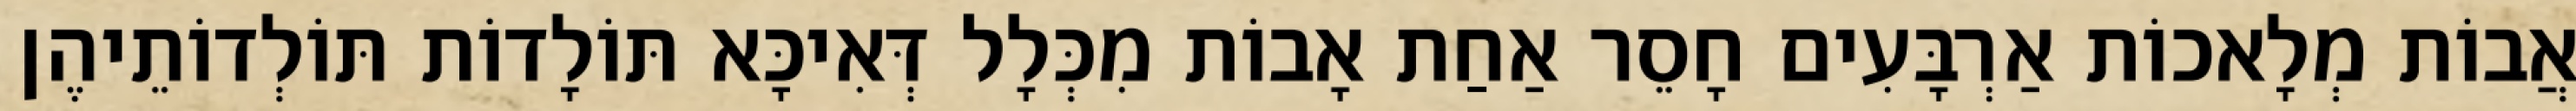
אֲבוֹת מְלָאכוֹת אַרְבָּעִים חָסֵר אַחַת אָבוֹת מִכְּלָל דְּאִיכָּא תּוֹלָדוֹת תּוֹלְדוֹתֵיהֶן